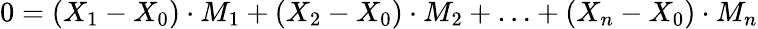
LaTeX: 0=(X_{1}-X_{0})\cdot M_{1}+(X_{2}-X_{0})\cdot M_{2}+\ldots+(X_{n}-X_{0})\cdot M_{n}